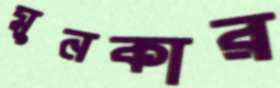
মুনকার